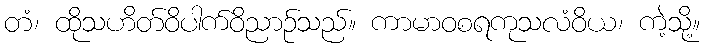
တံ၊ ထိုသဟိတ်ဝိပါက်ဝိညာဉ်သည်။ ကာမာဝစရကုသလံဝိယ၊ ကဲ့သို့။